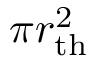
\pi r _ { \mathrm { t h } } ^ { 2 }